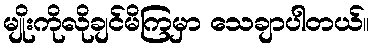
မျိုးကိုလိုချင်မိကြမှာ သေချာပါတယ်။